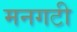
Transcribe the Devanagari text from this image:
मनगटी